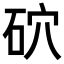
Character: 𥑫